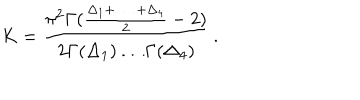
K = \frac { \pi ^ { 2 } \Gamma ( \frac { \Delta _ { 1 } + \, \ldots \, + \Delta _ { 4 } } { 2 } - 2 ) } { 2 \Gamma ( \Delta _ { 1 } ) \ldots \Gamma ( \Delta _ { 4 } ) } \, .